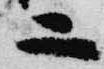
二